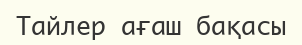
Тайлер ағаш бақасы